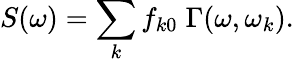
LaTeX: S(\omega)=\sum_{k}f_{k0}\; \Gamma(\omega,\omega_{k}).